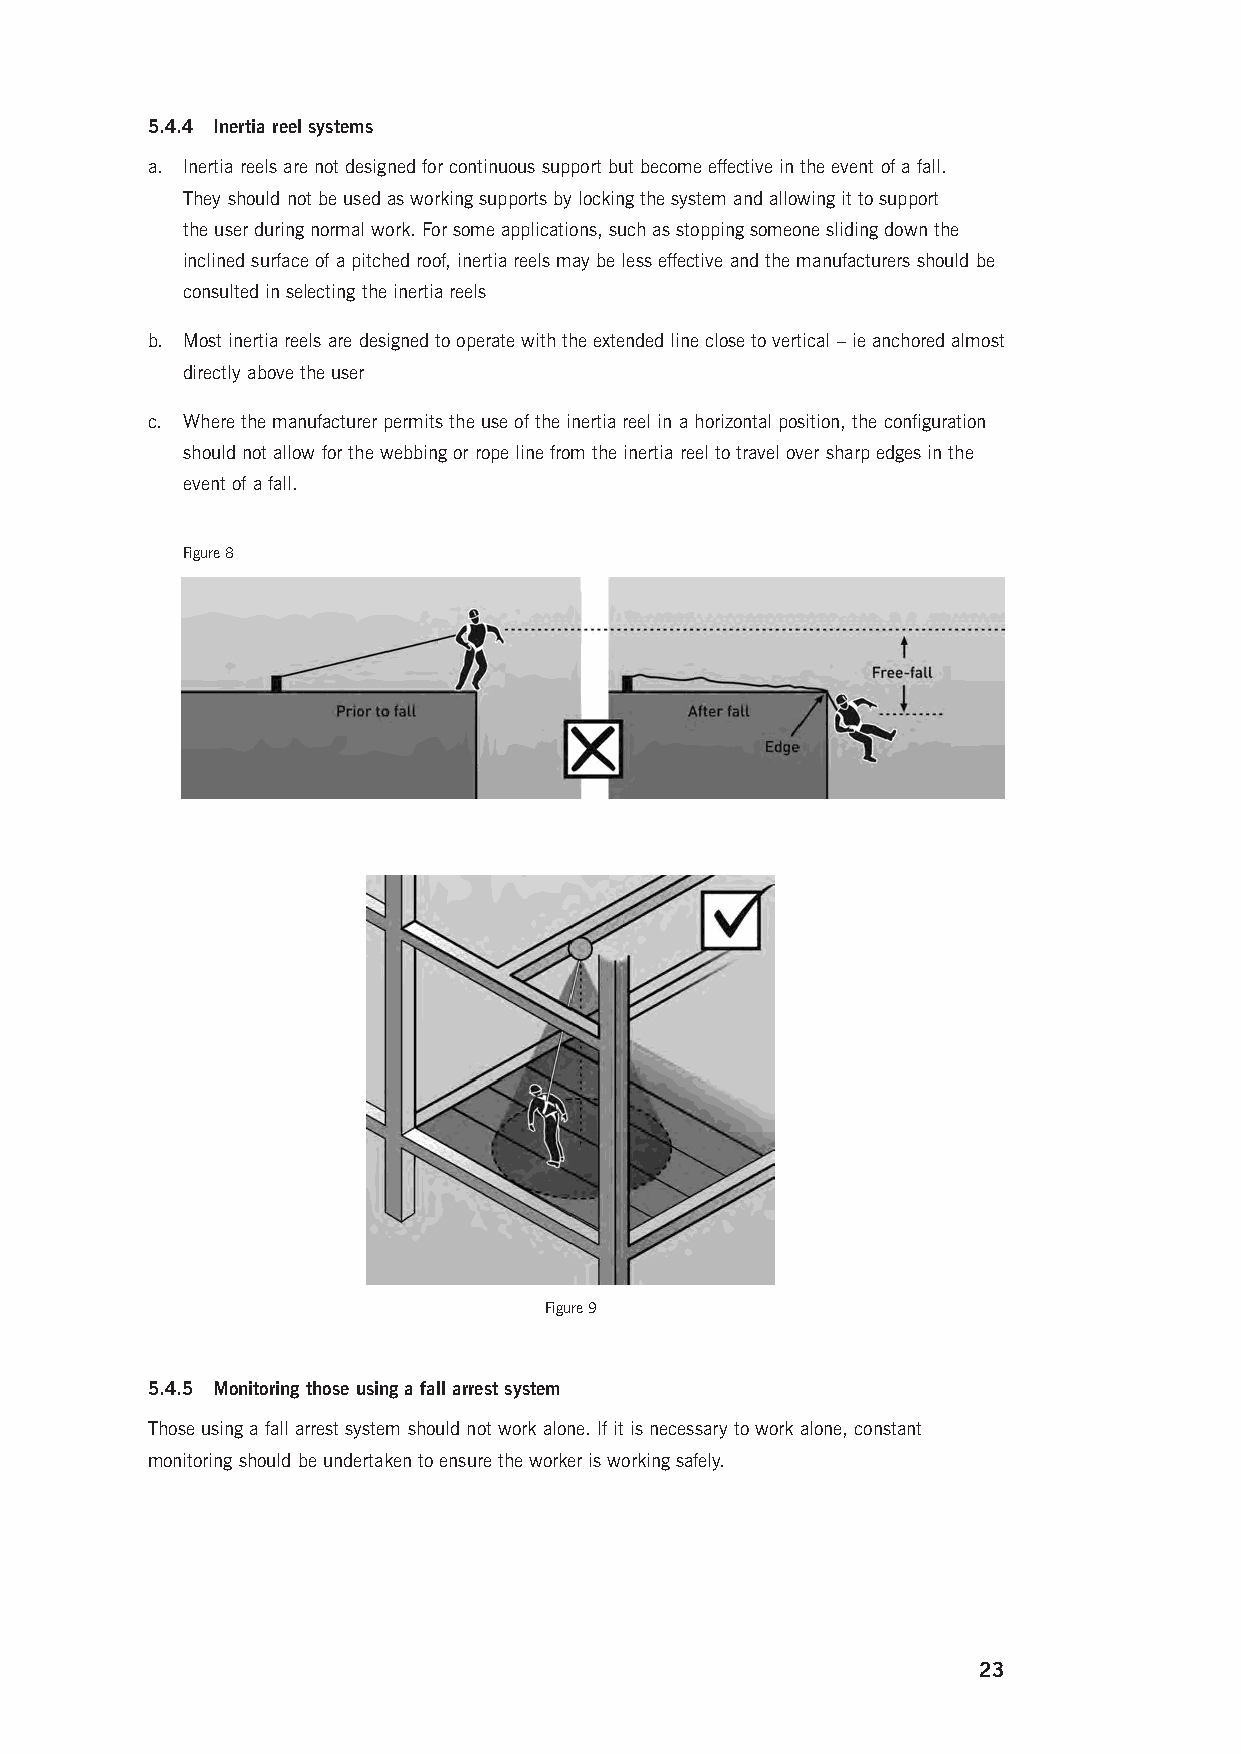
5.4.4 Inertia reel systems
 a. Inertia reels are not designed for continuous support but become effective in the event of a fall.
 They should not be used as working supports by locking the system and allowing it to support
 the user during normal work. For some applications, such as stopping someone sliding down the
 inclined surface of a pitched roof, inertia reels may be less effective and the manufacturers should be
 consulted in selecting the inertia reels
 b. Most inertia reels are designed to operate with the extended line close to vertical – ie anchored almost
 directly above the user
 c. Where the manufacturer permits the use of the inertia reel in a horizontal position, the configuration
 should not allow for the webbing or rope line from the inertia reel to travel over sharp edges in the
 event of a fall.
 Figure 8
 Figure 9
 5.4.5 Monitoring those using a fall arrest system
 Those using a fall arrest system should not work alone. If it is necessary to work alone, constant
 monitoring should be undertaken to ensure the worker is working safely.
 23